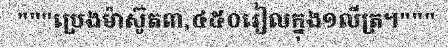
"""ប្រេងម៉ាស៊ូត៣,៤៥០រៀលក្នុង១លីត្រ។"""